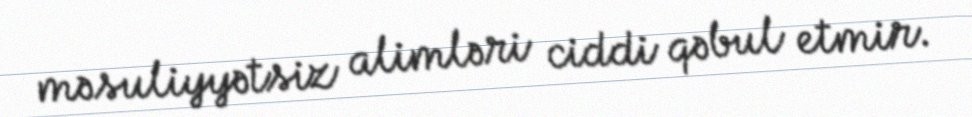
məsuliyyətsiz alimləri ciddi qəbul etmir.